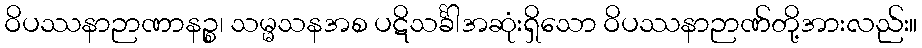
ဝိပဿနာဉာဏာနဉ္စ၊ သမ္မသနအစ ပဋိသင်္ခါအဆုံးရှိသော ဝိပဿနာဉာဏ်တို့အားလည်း။